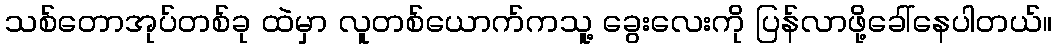
သစ်တောအုပ်တစ်ခု ထဲမှာ လူတစ်ယောက်ကသူ့ ခွေးလေးကို ပြန်လာဖို့ခေါ်နေပါတယ်။